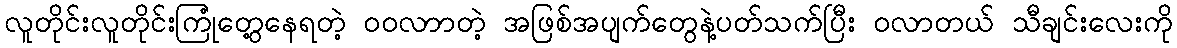
လူတိုင်းလူတိုင်းကြုံတွေ့နေရတဲ့ ဝဝလာာတဲ့ အဖြစ်အပျက်တွေနဲ့ပတ်သက်ပြီး ဝလာတယ် သီချင်းလေးကို